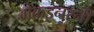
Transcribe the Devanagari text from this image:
मैकइनरनी